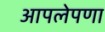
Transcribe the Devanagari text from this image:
आपलेपणा